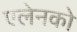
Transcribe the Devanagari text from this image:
एलेनको